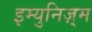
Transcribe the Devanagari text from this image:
इम्युनिज़्म